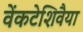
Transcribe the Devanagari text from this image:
वेंकटेशिवैया